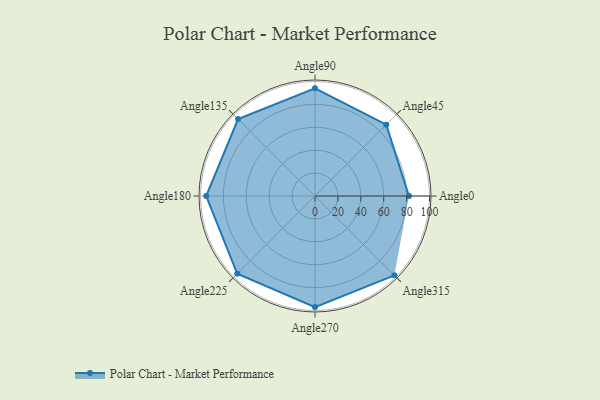
{"axis": {"x": "Angle", "y": "Radius"}, "legend": [""], "data": [{"x": "Angle0", "y": 82.0, "type": ""}, {"x": "Angle45", "y": 88.0, "type": ""}, {"x": "Angle90", "y": 94.0, "type": ""}, {"x": "Angle135", "y": 95.0, "type": ""}, {"x": "Angle180", "y": 95.0, "type": ""}, {"x": "Angle225", "y": 96.0, "type": ""}, {"x": "Angle270", "y": 97.0, "type": ""}, {"x": "Angle315", "y": 98.0, "type": ""}]}